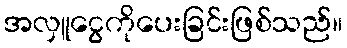
အလှူငွေကိုပေးခြင်းဖြစ်သည်။